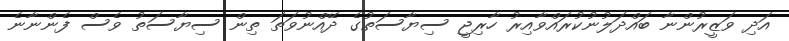
އަދި ވަޒީރުންނާ ބައްދަލުނުކުރައްވާއިރު ހާރިޖީ ސިޔާސަތުގެ ދޭއްނުވަތަ ތިން ސިޔާސަތު ވެސް ފެންނާނެ